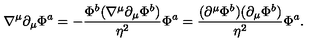
\nabla ^ { \mu } \partial _ { \mu } \Phi ^ { a } = - { \frac { \Phi ^ { b } ( \nabla ^ { \mu } \partial _ { \mu } \Phi ^ { b } ) } { \eta ^ { 2 } } } \Phi ^ { a } = { \frac { ( \partial ^ { \mu } \Phi ^ { b } ) ( \partial _ { \mu } \Phi ^ { b } ) } { \eta ^ { 2 } } } \Phi ^ { a } .